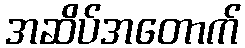
အဆိပ်အတောက်